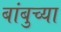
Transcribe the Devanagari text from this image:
बांबुच्या